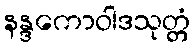
နန္ဒကောဝါဒသုတ္တံ